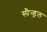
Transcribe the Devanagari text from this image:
स्पैन्ड्रल